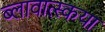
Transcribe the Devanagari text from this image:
ब्लावात्स्कया